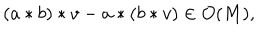
( a * b ) * v - a * ( b * v ) \in O ( M ) ,